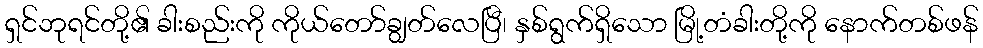
ရှင်ဘုရင်တို့၏ ခါးစည်းကို ကိုယ်တော်ချွတ်လေပြီ၊ နှစ်ရွက်ရှိသော မြို့တံခါးတို့ကို နောက်တစ်ဖန်